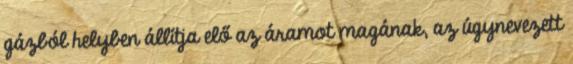
gázból helyben állítja elő az áramot magának, az úgynevezett